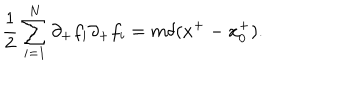
LaTeX: { \frac { 1 } { 2 } } \sum _ { i = 1 } ^ { N } \partial _ { + } f _ { i } \partial _ { + } f _ { i } = m \delta ( x ^ { + } - x _ { 0 } ^ { + } ) .